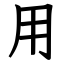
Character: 用